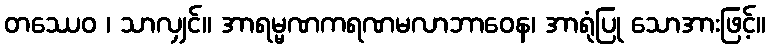
တဿေဝ ၊ သာလျှင်။ အာရမ္မဏကရဏမလာဘာဝေန၊ အာရုံပြု သောအားဖြင့်။